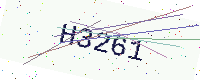
Text: H3261